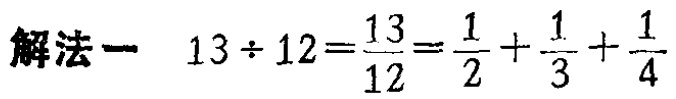
解法一 \(13\div 12=\frac{13}{12}=\frac{1}{2}+\frac{1}{3}+\frac{1}{4}\)